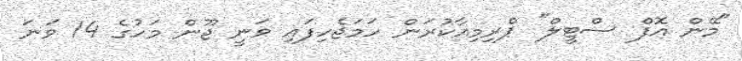
"މޭން އޮފް ސްޓީލް" ޕްރިމިއާކުރަން ހަމަޖެހިފައި ވަނީ ޖޫން މަހުގެ 14 ވަނަ